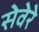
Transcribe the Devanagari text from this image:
सेवेरे